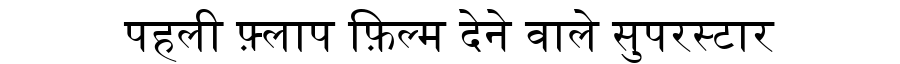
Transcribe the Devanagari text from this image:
पहली फ़्लाप फ़िल्म देने वाले सुपरस्टार